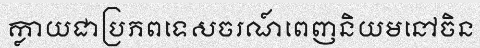
ក្លាយជាប្រភពទេសចរណ៍ពេញនិយមនៅចិន